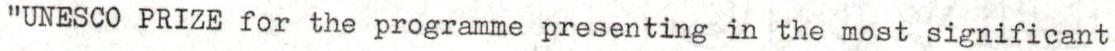
"UNESCO PRIZE for the programme presenting in the most significant